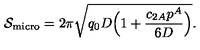
{ \cal S } _ { \mathrm { m i c r o } } = 2 \pi \sqrt { q _ { 0 } D \Big ( 1 + { \frac { c _ { 2 A } p ^ { A } } { 6 D } } \Big ) } .